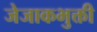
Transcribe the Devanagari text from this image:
जेजाकभुक्ती